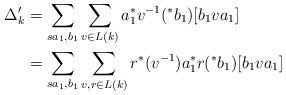
LaTeX: \begin{align*}\Delta_{k}' &= \displaystyle \sum_{sa_{1},b_{1}} \displaystyle \sum_{v \in L(k)} a_{1}^{\ast} v^{-1} (^{\ast}b_{1}) [b_{1}va_{1}] \\&= \displaystyle \sum_{sa_{1},b_{1}} \displaystyle \sum_{v,r \in L(k)} r^{\ast}(v^{-1}) a_{1}^{\ast} r (^{\ast} b_{1}) [b_{1}va_{1}]\end{align*}